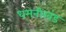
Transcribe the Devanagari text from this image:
धमनीखंड